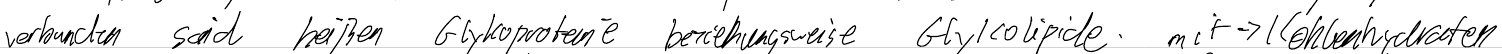
verbunden sind heißen Glykoproteine beziehungsweise Glykolipide. mit  -> Kohlenhydraten